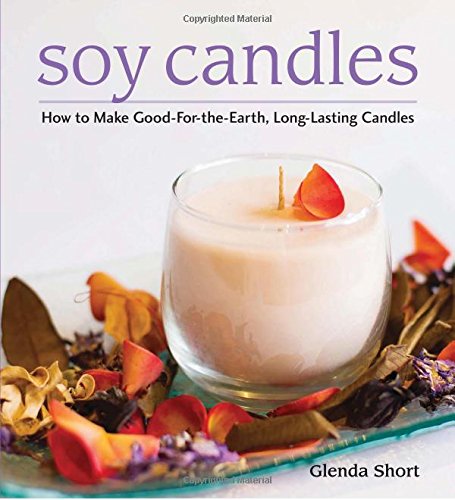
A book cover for Soy Candles: How to Make Good-for-the-Earth, Long-Lasting Candles; Glenda Short; Crafts, Hobbies & Home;